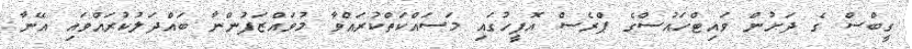
ގީބްސް ގެ ދަށުން ވައިޓްހައުސްގެ ޕްރެސް އޮފީހުގައި މަސައްކަތްކުރައްވާ މުވައްޒަފުންނާ ބައްދަލުކުރައްވައި އޭނާ